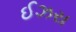
ઈઝરા